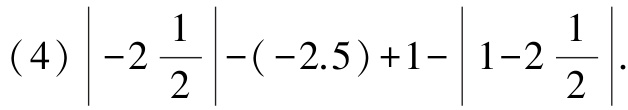
(4) $\left|-2\frac{1}{2}\right|-(-2.5)+1-\left|1 - 2\frac{1}{2}\right|$